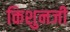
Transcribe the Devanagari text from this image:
किशुनजी